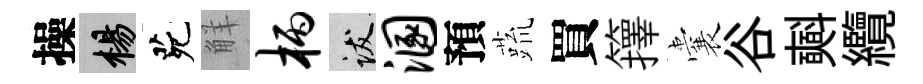
操楊茕觧柄跋溷預蔬買籜囊谷𣂏纜